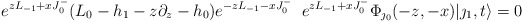
\begin{align*}e^{zL_{-1}+xJ^-_0}(L_0 -h_1 -z\partial_z-h_0) e^{-zL_{-1}-xJ^-_0} \;\;e^{zL_{-1}+xJ^-_0}\Phi_{\jmath_0}(-z,-x)|\jmath_1,t\rangle =0\end{align*}